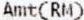
AMT(RM)